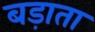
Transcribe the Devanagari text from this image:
बड़ाता